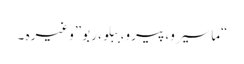
“ماسیرو، پیرو، ببلو، ربو”وغیرہ ۔